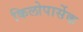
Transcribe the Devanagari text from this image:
किलोपार्सेक